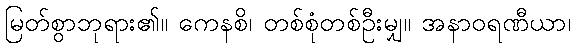
မြတ်စွာဘုရား၏။ ကေနစိ၊ တစ်စုံတစ်ဦးမျှ။ အနာဝရဏီယာ၊